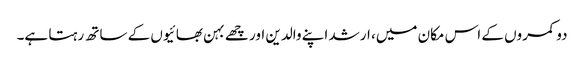
دو کمروں کے اس مکان میں، ارشد اپنے والدین اور چھے بہن بھائیوں کے ساتھ رہتا ہے۔